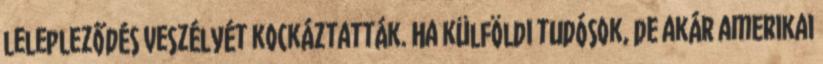
lelepleződés veszélyét kockáztatták. Ha külföldi tudósok, de akár amerikai